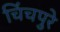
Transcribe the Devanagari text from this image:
चिंचपुरे